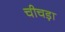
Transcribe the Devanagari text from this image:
चीचड़ा